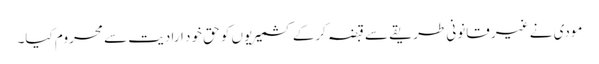
مودی نے غیر قانونی طریقے سے قبضہ کرکے کشمیریوں کو حق خود ارادیت سے محروم کیا۔